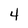
Character: 4